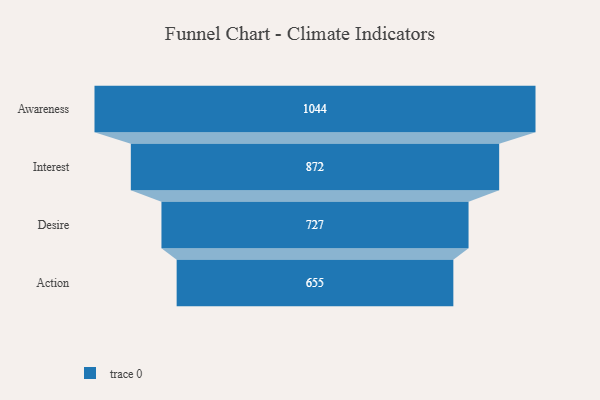
{"axis": {"x": "Stage", "y": "Value"}, "legend": [""], "data": [{"x": "Awareness", "y": 1044.0, "type": ""}, {"x": "Interest", "y": 872.0, "type": ""}, {"x": "Desire", "y": 727.0, "type": ""}, {"x": "Action", "y": 655.0, "type": ""}]}